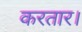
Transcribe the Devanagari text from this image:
करतार।